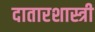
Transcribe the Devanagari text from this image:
दातारशास्त्री